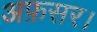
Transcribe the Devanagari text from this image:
अफ़सर।